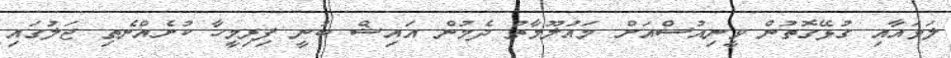
ލަވައާއި ގުޅޭގޮތުން ވީނިއުސްއަށް މައުލޫމާތު ދެމުން އައިޝް ބުނީ ފިރިމީހާ ކުށެއްނެތި ޖަލުގައި